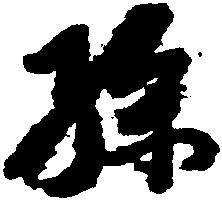
孫